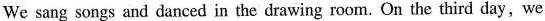
We sang songs and danced in the drawing room. On the third day,we